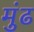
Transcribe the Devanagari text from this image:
मुंढ